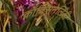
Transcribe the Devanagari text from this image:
कॉक्सिनेलिडी